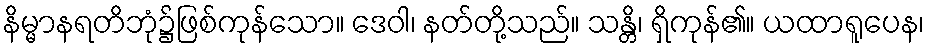
နိမ္မာနရတိဘုံ၌ဖြစ်ကုန်သော။ ဒေဝါ၊ နတ်တို့သည်။ သန္တိ၊ ရှိကုန်၏။ ယထာရူပေန၊